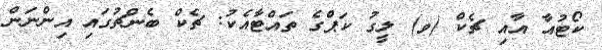
ކޯޓުއާ އާއި ޗެކް (ވ) ލީގު ކަޕްގެ ތައްޓާއެކު: ޗެކް ބެންޗުގައި އިންނަން